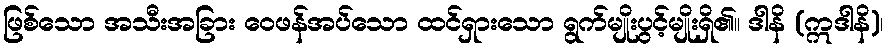
ဖြစ်သော အသီးအခြား ဝေဖန်အပ်သော ထင်ရှားသော ရွက်မျိုးပွင့်မျိုးရှိ၏။ ဒါနိ (ဣဒါနိ)၊